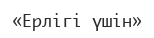
«Ерлігі үшін»